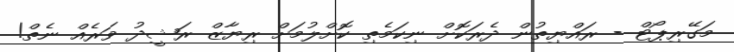
މަގޭރިޕޯޓް - ރައްޔިތުން ދެރަކޮށް ނިކަމެތި ކޮށްލުމަށް ރިޔާޒް ރަޝީދު ވަރެއް ނެތް!